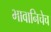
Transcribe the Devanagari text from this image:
भावानिचेच